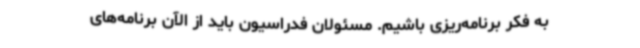
به فکر برنامه‌ریزی باشیم. مسئولان فدراسیون باید از الآن برنامه‌های